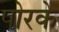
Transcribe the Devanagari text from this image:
पोरके